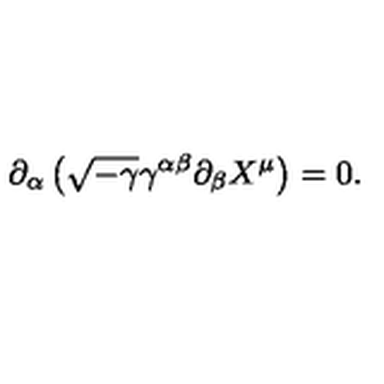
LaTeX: \partial _ { \alpha } \left( \sqrt { - \gamma } \gamma ^ { \alpha \beta } \partial _ { \beta } X ^ { \mu } \right) = 0 .